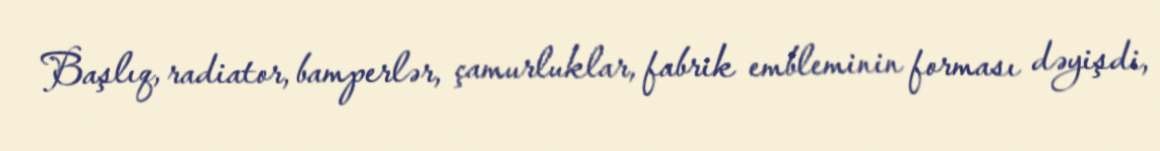
Başlıq, radiator, bamperlər, çamurluklar, fabrik embleminin forması dəyişdi,